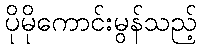
ပိုမိုကောင်းမွန်သည့်